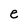
Character: e